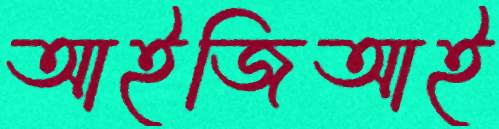
আইজিআই